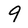
Character: 9